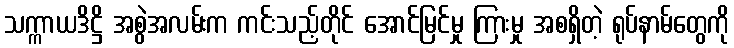
သက္ကာယဒိဋ္ဌိ အစွဲအလမ်းက ကင်းသည့်တိုင် အောင်မြင်မှု ကြားမှု အစရှိတဲ့ ရုပ်နာမ်တွေကို